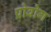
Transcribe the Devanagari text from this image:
प्रोवोग